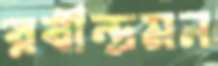
রবীন্দ্রমন